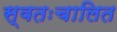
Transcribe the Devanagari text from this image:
स्वतःचालित